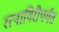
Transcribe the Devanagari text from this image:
रत्‍नागिरीपर्यंत